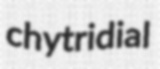
chytridial